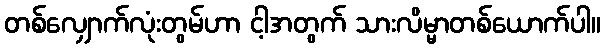
တစ်လျှောက်လုံးတွမ်ဟာ ငါ့အတွက် သားလိမ္မာတစ်ယောက်ပါ။